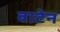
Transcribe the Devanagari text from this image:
वाटेन